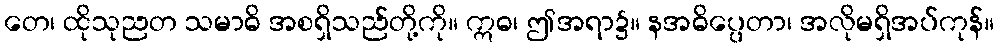
တေ၊ ထိုသုညတ သမာဓိ အစရှိသည်တို့ကို။ ဣဓ၊ ဤအရာ၌။ နအဓိပ္ပေတာ၊ အလိုမရှိအပ်ကုန်။